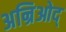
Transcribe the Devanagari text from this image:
अन्रिओद्